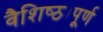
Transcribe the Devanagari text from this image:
वैशिष्ठ्यपूर्ण